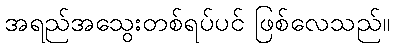
အရည်အသွေးတစ်ရပ်ပင် ဖြစ်လေသည်။